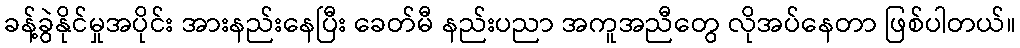
ခန့်ခွဲနိုင်မှုအပိုင်း အားနည်းနေပြီး ခေတ်မီ နည်းပညာ အကူအညီတွေ လိုအပ်နေတာ ဖြစ်ပါတယ်။